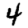
Digit: 4